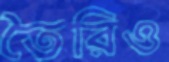
তৈরিও